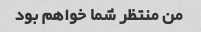
من منتظر شما خواهم بود